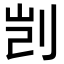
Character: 剀